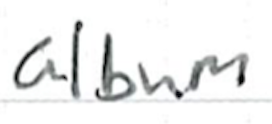
Text: album
Cross-out: clean
Writing tool: ballpoint